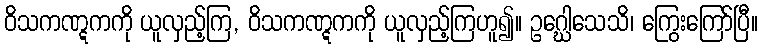
ဝိသကဏ္ဋကကို ယူလှည့်ကြ, ဝိသကဏ္ဋကကို ယူလှည့်ကြဟူ၍။ ဥဂ္ဃေါသေသိ၊ ကြွေးကြော်ပြီ။